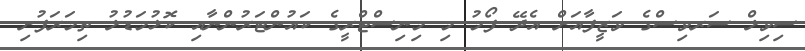
ސިވިލް ސަރވިސްގެ ވަޒީފާއަށް އެދޭ ފޯމު މި މިނިސްޓްރީގެ ކައުންޓަރުންނާއި ކޮޅުމަޑުލު ތިމަރަފުށި